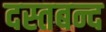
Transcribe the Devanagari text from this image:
दस्तबन्द